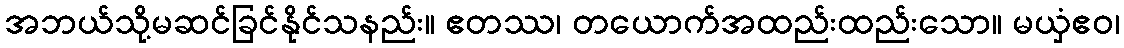
အဘယ်သို့မဆင်ခြင်နိုင်သနည်း။ ဧတဿ၊ တယောက်အထည်းထည်းသော။ မယှံဧဝ၊